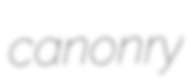
canonry